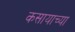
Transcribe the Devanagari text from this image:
कसायाच्या